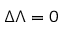
\Delta \Lambda = 0